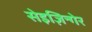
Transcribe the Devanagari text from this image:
सेइज़िन्गेर